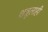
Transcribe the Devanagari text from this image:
शत्रूलाही